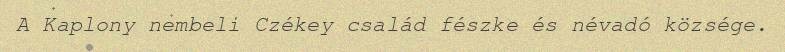
A Kaplony nembeli Czékey család fészke és névadó községe.